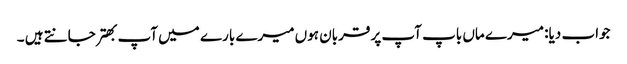
جواب دیا: میرے ماں باپ آپ پر قربان ہوں میرے بارے میں آپ بهتر جانتے ہیں ۔